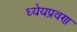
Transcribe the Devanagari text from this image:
ध्येयप्रवण